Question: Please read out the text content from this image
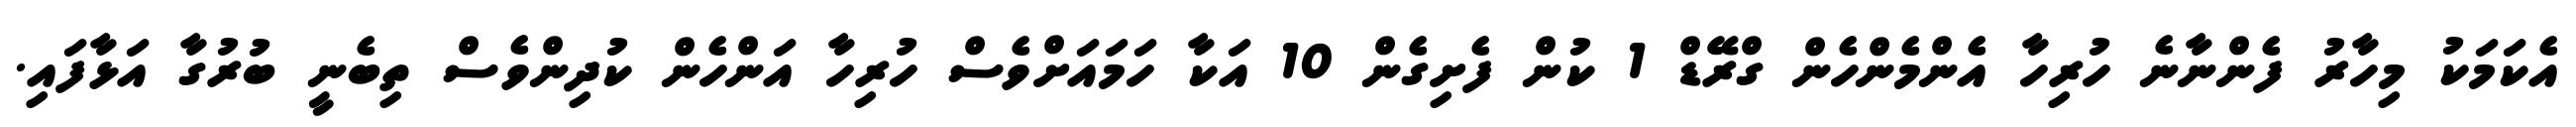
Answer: އެކަމަކު މިހާރު ފެންނާނެ ހުރިހާ އެންމެންހެން ގްރޭޑް 1 ކުން ފެށިގެން 10 އަކާ ހަމައަށްވެސް ހުރިހާ އަންހެން ކުދިންވެސް ތިބެނީ ބުރުގާ އަޅާފައި.